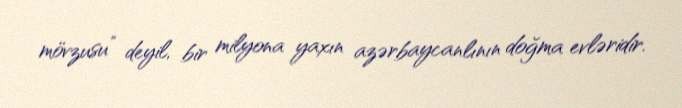
mövzusu” deyil, bir milyona yaxın azərbaycanlının doğma evləridir.